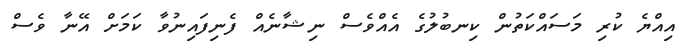
އިއްޔެ ކުރި މަސައްކަތުން ކިނބުލުގެ އެއްވެސް ނިޝާނެއް ފެނިފައިނުވާ ކަމަށް އޭނާ ވެސް